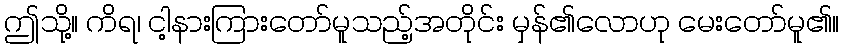
ဤသို့။ ကိရ၊ ငါ့နားကြားတော်မူသည့်အတိုင်း မှန်၏လောဟု မေးတော်မူ၏။